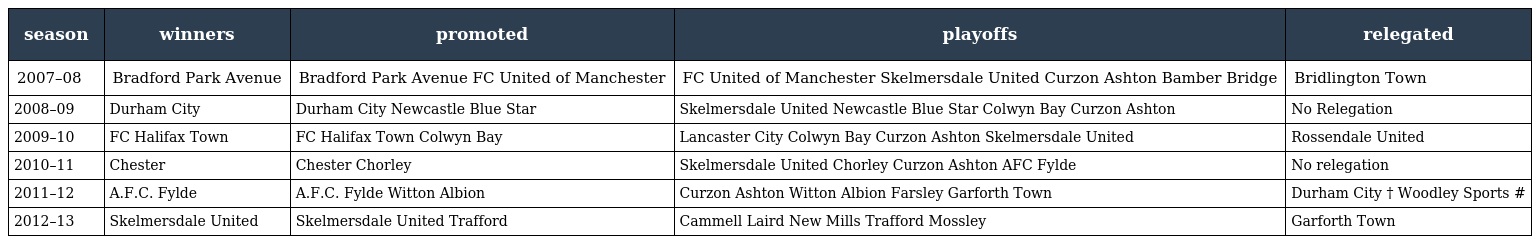
| season | winners | promoted | playoffs | relegated |
 | --- | --- | --- | --- | --- |
 | 2007–08 | Bradford Park Avenue | Bradford Park Avenue FC United of Manchester | FC United of Manchester Skelmersdale United Curzon Ashton Bamber Bridge | Bridlington Town |
 | 2008–09 | Durham City | Durham City Newcastle Blue Star | Skelmersdale United Newcastle Blue Star Colwyn Bay Curzon Ashton | No Relegation |
 | 2009–10 | FC Halifax Town | FC Halifax Town Colwyn Bay | Lancaster City Colwyn Bay Curzon Ashton Skelmersdale United | Rossendale United |
 | 2010–11 | Chester | Chester Chorley | Skelmersdale United Chorley Curzon Ashton AFC Fylde | No relegation |
 | 2011–12 | A.F.C. Fylde | A.F.C. Fylde Witton Albion | Curzon Ashton Witton Albion Farsley Garforth Town | Durham City † Woodley Sports # |
 | 2012–13 | Skelmersdale United | Skelmersdale United Trafford | Cammell Laird New Mills Trafford Mossley | Garforth Town |